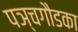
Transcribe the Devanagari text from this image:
पञ्चगौडका